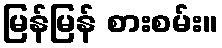
မြန်မြန် စားစမ်း။